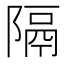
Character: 隔